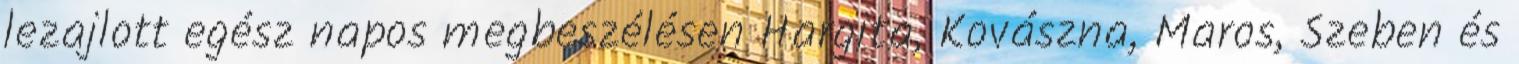
lezajlott egész napos megbeszélésen Hargita, Kovászna, Maros, Szeben és